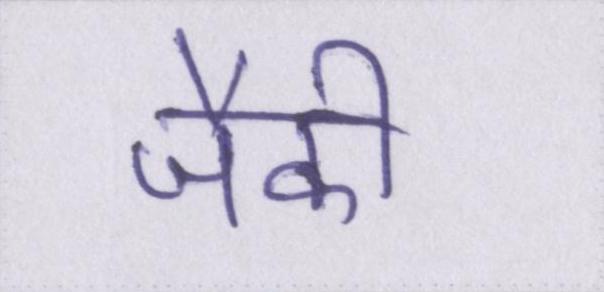
जैकी